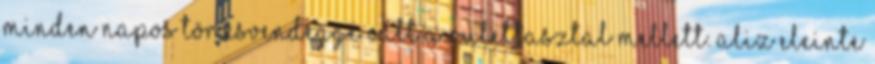
minden napos törzsvendéggé vált a rulettasztal mellett. Aliz eleinte